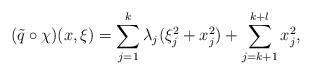
\begin{align*}(\tilde{q} \circ \chi)(x,\xi)=\sum_{j=1}^{k}{\lambda_j(\xi_j^2+x_j^2)}+\sum_{j=k+1}^{k+l}{x_j^2}, \end{align*}